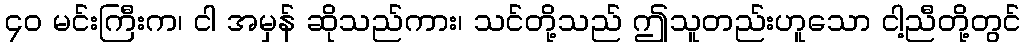
၄၀ မင်းကြီးက၊ ငါ အမှန် ဆိုသည်ကား၊ သင်တို့သည် ဤသူတည်းဟူသော ငါ့ညီတို့တွင်